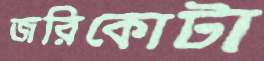
জরিকোটা